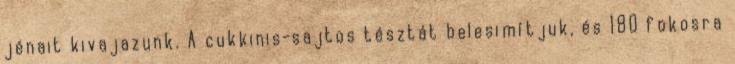
jénait kivajazunk. A cukkinis-sajtos tésztát belesimítjuk, és 180 fokosra